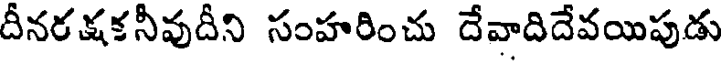
దీనరక్షకనీవుదీని సంహరించు దేవాదిదేవయిపుడు